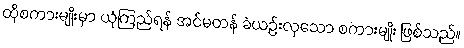
ထိုစကားမျိုးမှာ ယုံကြည်ရန် အင်မတန် ခဲယဉ်းလှသော စကားမျိုး ဖြစ်သည်။